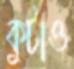
কুটাও